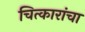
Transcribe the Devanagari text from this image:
चित्कारांचा